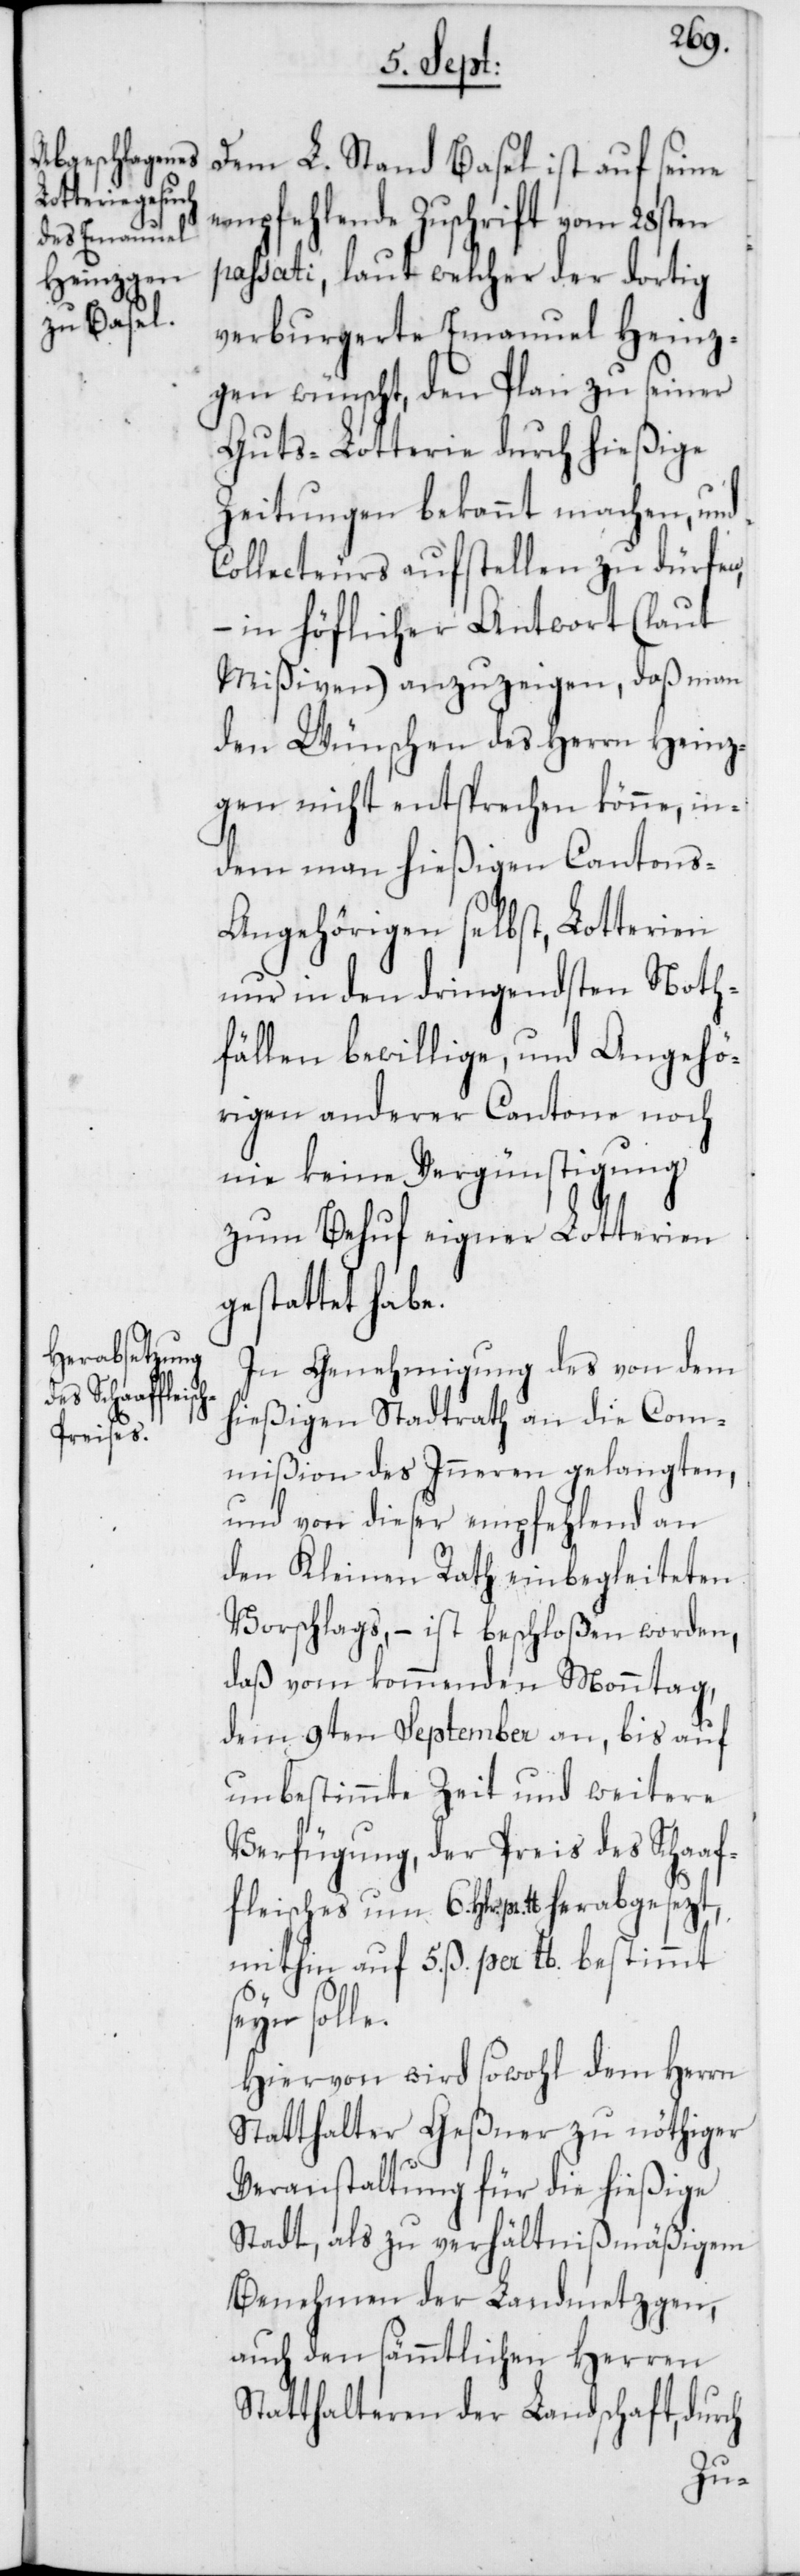
Dem L. Stand Basel ist auf seine
empfehlende Zuschrift vom 28sten
passati, laut welcher der dortig
verburgerte Emanuel Heinz¬
gen wünscht, den Plan zu seiner
Guts-Lotterie durch hießige
Zeitungen bekannt machen, und
Collecteurs aufstellen zu dürfen,
– in höflicher Antwort (laut
Mißiven) anzuzeigen, daß man
den Wünschen des Herrn Heinz¬
gen nicht entsprechen könne, in¬
dem man hießigen Cantons-A¬
ngehörigen selbst, Lotterien
nur in den dringendsten Noth¬
fällen bewillige, und Angehö¬
rigen anderer Cantone noch
nie keine Vergünstigung
zum Behuf eigener Lotterien
gestattet habe.
In Genehmigung des von dem
hießigen Stadtrath an die Com¬
mißion des Inneren gelangten,
und von dieser empfehlend an
den Kleinen Rath einbegleiteten
Vorschlags, – ist beschloßen worden,
daß vom kommenden Monntag,
dem 9ten September an, bis auf
unbestimmte Zeit und weitere
Verfügung, der Preis des Schaaf¬
fleisches um 6. Hlr. pr. lb. herabgesezt,
mithin auf 5. ß. per lb. bestimmt
seyn solle.
Hiervon wird sowohl dem Herrn
Statthalter Geßner zu nöthiger
Veranstaltung für die hießige
Stadt, als zu verhältnißmäßigem
Benehmen der Landmetzgen,
auch den sämmtlichen Herren
Statthalteren der Landschaft, durch